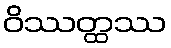
ဝိဿတ္ထဿ